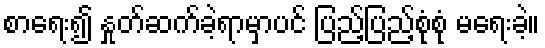
စာရေး၍ နှုတ်ဆက်ခဲ့ရာမှာပင် ပြည့်ပြည့်စုံစုံ မရေးခဲ့။